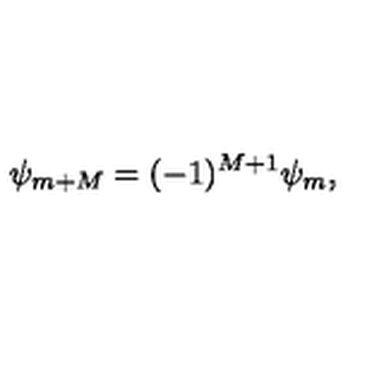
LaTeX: \psi _ { m + M } = ( - 1 ) ^ { M + 1 } \psi _ { m } ,